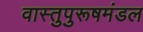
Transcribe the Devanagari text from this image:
वास्तुपुरूषमंडल